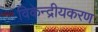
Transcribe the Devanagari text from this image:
विकेन्द्रीयकरण